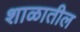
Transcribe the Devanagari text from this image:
शाळातील